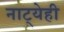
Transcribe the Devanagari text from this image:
नाट्येही